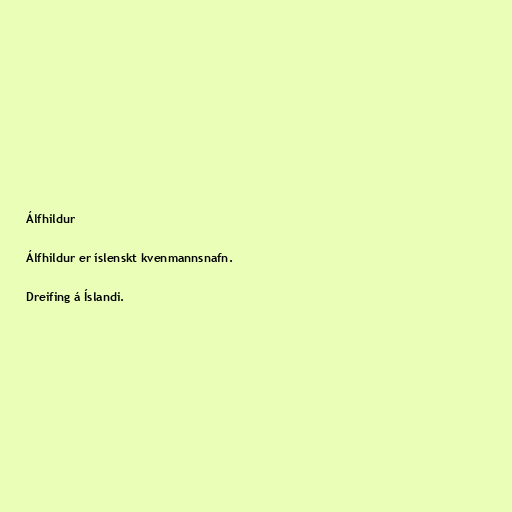
Álfhildur

Álfhildur er íslenskt kvenmannsnafn.

Dreifing á Íslandi.